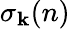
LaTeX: \sigma_{\mathbf{k}}(n)